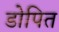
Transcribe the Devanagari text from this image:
डोपित